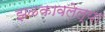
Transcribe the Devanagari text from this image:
झळकावलेल्या